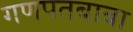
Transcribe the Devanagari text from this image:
गणपतबाबा